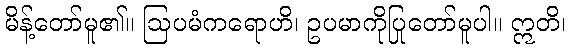
မိန့်တော်မူ၏။ ဩပမံကရောဟိ၊ ဥပမာကိုပြုတော်မူပါ။ ဣတိ၊